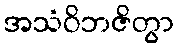
အသံဝိဘဇိတွာ